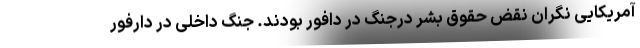
آمریکایی نگران نقض حقوق بشر درجنگ در دافور بودند. جنگ داخلی در دارفور